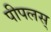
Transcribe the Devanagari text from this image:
पीपलस्